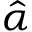
\Hat { \alpha }